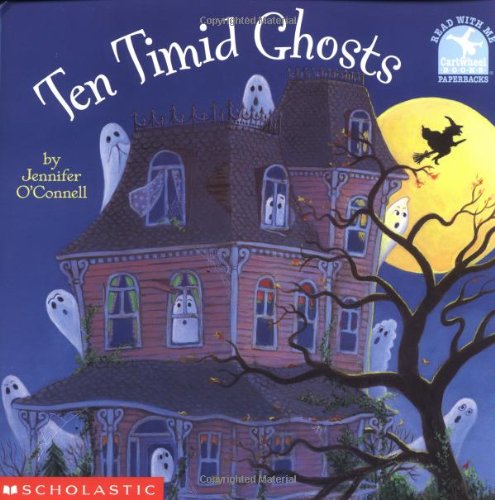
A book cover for Ten Timid Ghosts (Read With Me Paperbacks); Jennifer O'connell; Children's Books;